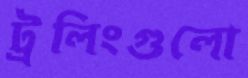
ট্রলিংগুলো